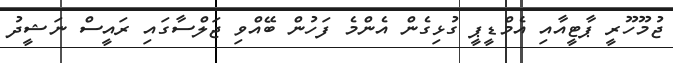
ޖުމޫހޫރީ ޕާޓީއާއި އެމްޑީޕީ ގުޅިގެން އެންމެ ފަހުން ބޭއްވި ޖަލްސާގައި ރައީސް ނަޝީދު